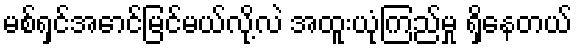
မစ်ရှင်အောင်မြင်မယ်လို့လဲ အထူးယုံကြည်မှု ရှိနေတယ်